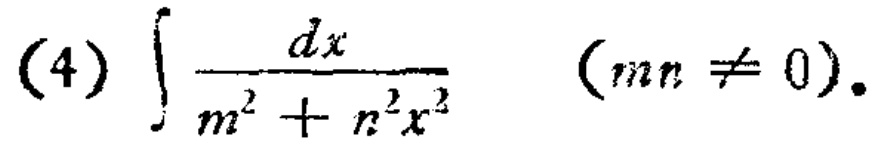
(4) \(\int \frac{dx}{m^{2}+n^{2}x^{2}}\)  \((mn\neq 0)\).